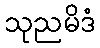
သုညမိဒံ